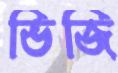
ভিজি